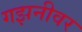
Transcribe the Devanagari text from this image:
गझनीवर